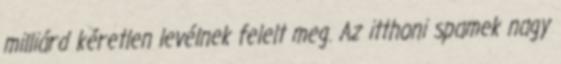
milliárd kéretlen levélnek felelt meg. Az itthoni spamek nagy